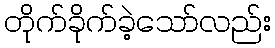
တိုက်ခိုက်ခဲ့သော်လည်း